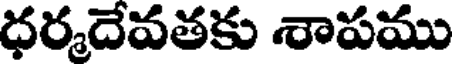
ధర్మదేవతకు శాపము